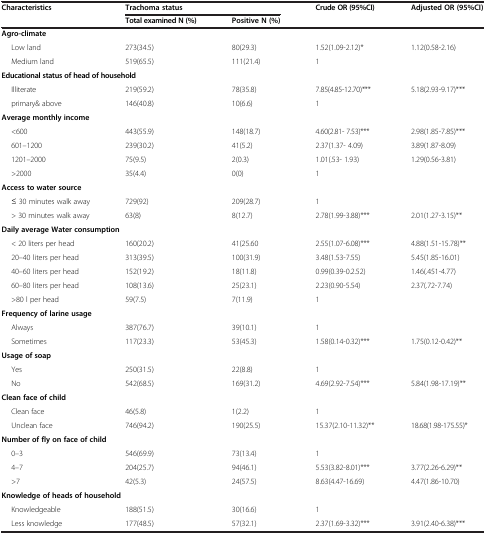
<table><thead><tr><td rowspan="2"><b>Characteristics</b></td><td colspan="2"><b>Trachoma status</b></td><td rowspan="2"><b>Crude OR (95%CI)</b></td><td rowspan="2"><b>Adjusted OR (95%CI)</b></td></tr><tr><td><b>Total examined N (%)</b></td><td><b>Positive N (%)</b></td></tr></thead><tbody><tr><td colspan="5"><b>Agro-climate</b></td></tr><tr><td>Low land</td><td>273(34.5)</td><td>80(29.3)</td><td>1.52(1.09-2.12)*</td><td>1.12(0.58-2.16)</td></tr><tr><td>Medium land</td><td>519(65.5)</td><td>111(21.4)</td><td>1</td><td> </td></tr><tr><td colspan="5"><b>Educational status of head of household</b></td></tr><tr><td>Illiterate</td><td>219(59.2)</td><td>78(35.8)</td><td>7.85(4.85-12.70)***</td><td>5.18(2.93-9.17)***</td></tr><tr><td>primary&amp; above</td><td>146(40.8)</td><td>10(6.6)</td><td>1</td><td> </td></tr><tr><td colspan="5"><b>Average monthly income</b></td></tr><tr><td>&lt;600</td><td>443(55.9)</td><td>148(18.7)</td><td>4.60(2.81- 7.53)***</td><td>2.98(1.85-7.85)***</td></tr><tr><td>601–1200</td><td>239(30.2)</td><td>41(5.2)</td><td>2.37(1.37- 4.09)</td><td>3.89(1.87-8.09)</td></tr><tr><td>1201–2000</td><td>75(9.5)</td><td>2(0.3)</td><td>1.01(.53- 1.93)</td><td>1.29(0.56-3.81)</td></tr><tr><td>&gt;2000</td><td>35(4.4)</td><td>0(0)</td><td>1</td><td> </td></tr><tr><td colspan="5"><b>Access to water source</b></td></tr><tr><td>≤ 30 minutes walk away</td><td>729(92)</td><td>209(28.7)</td><td>1</td><td> </td></tr><tr><td>&gt; 30 minutes walk away</td><td>63(8)</td><td>8(12.7)</td><td>2.78(1.99-3.88)***</td><td>2.01(1.27-3.15)**</td></tr><tr><td colspan="5"><b>Daily average Water consumption</b></td></tr><tr><td>&lt; 20 liters per head</td><td>160(20.2)</td><td>41(25.60</td><td>2.55(1.07-6.08)***</td><td>4.88(1.51-15.78)**</td></tr><tr><td>20–40 liters per head</td><td>313(39.5)</td><td>100(31.9)</td><td>3.48(1.53-7.55)</td><td>5.45(1.85-16.01)</td></tr><tr><td>40–60 liters per head</td><td>152(19.2)</td><td>18(11.8)</td><td>0.99(0.39-0.2.52)</td><td>1.46(.451-4.77)</td></tr><tr><td>60–80 liters per head</td><td>108(13.6)</td><td>25(23.1)</td><td>2.23(0.90-5.54)</td><td>2.37(.72-7.74)</td></tr><tr><td>&gt;80 l per head</td><td>59(7.5)</td><td>7(11.9)</td><td>1</td><td> </td></tr><tr><td colspan="4"><b>Frequency of larine usage</b></td><td> </td></tr><tr><td>Always</td><td>387(76.7)</td><td>39(10.1)</td><td>1</td><td> </td></tr><tr><td>Sometimes</td><td>117(23.3)</td><td>53(45.3)</td><td>1.58(0.14-0.32)***</td><td>1.75(0.12-0.42)**</td></tr><tr><td colspan="5"><b>Usage of soap</b></td></tr><tr><td>Yes</td><td>250(31.5)</td><td>22(8.8)</td><td>1</td><td> </td></tr><tr><td>No</td><td>542(68.5)</td><td>169(31.2)</td><td>4.69(2.92-7.54)***</td><td>5.84(1.98-17.19)**</td></tr><tr><td colspan="5"><b>Clean face of child</b></td></tr><tr><td>Clean face</td><td>46(5.8)</td><td>1(2.2)</td><td>1</td><td> </td></tr><tr><td>Unclean face</td><td>746(94.2)</td><td>190(25.5)</td><td>15.37(2.10-11.32)**</td><td>18.68(1.98-175.55)*</td></tr><tr><td colspan="5"><b>Number of fly on face of child</b></td></tr><tr><td>0–3</td><td>546(69.9)</td><td>73(13.4)</td><td>1</td><td> </td></tr><tr><td>4–7</td><td>204(25.7)</td><td>94(46.1)</td><td>5.53(3.82-8.01)***</td><td>3.77(2.26-6.29)**</td></tr><tr><td>&gt;7</td><td>42(5.3)</td><td>24(57.5)</td><td>8.63(4.47-16.69)</td><td>4.47(1.86-10.70)</td></tr><tr><td colspan="5"><b>Knowledge of heads of household</b></td></tr><tr><td>Knowledgeable</td><td>188(51.5)</td><td>30(16.6)</td><td>1</td><td> </td></tr><tr><td>Less knowledge</td><td>177(48.5)</td><td>57(32.1)</td><td>2.37(1.69-3.32)***</td><td>3.91(2.40-6.38)***</td></tr></tbody></table>